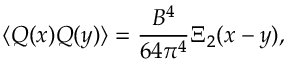
\langle Q ( x ) Q ( y ) \rangle = { \frac { B ^ { 4 } } { 6 4 \pi ^ { 4 } } } \Xi _ { 2 } ( x - y ) ,